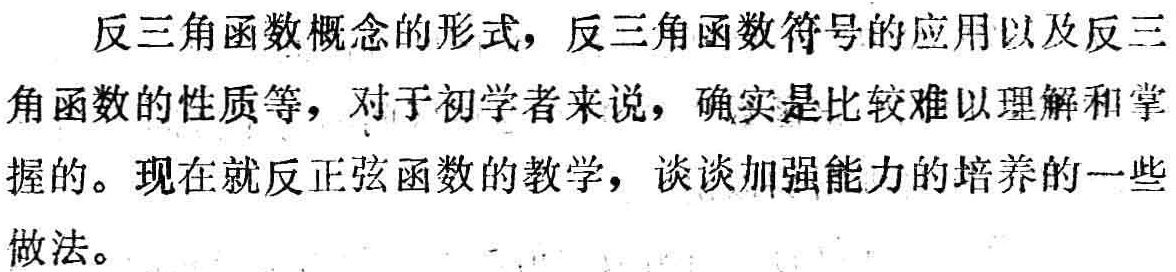
反三角函数概念的形式，反三角函数符号的应用以及反三角函数的性质等，对于初学者来说，确实是比较难以理解和掌握的。现在就反正弦函数的教学，谈谈加强能力的培养的一些做法。